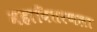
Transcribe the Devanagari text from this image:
महावितरणला